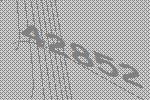
42852